Report on sanitation, dispensaries, and jails in Rajputana for 1920, and on vaccination for the year 1920-1921 - 1920-1921
Year: 1920
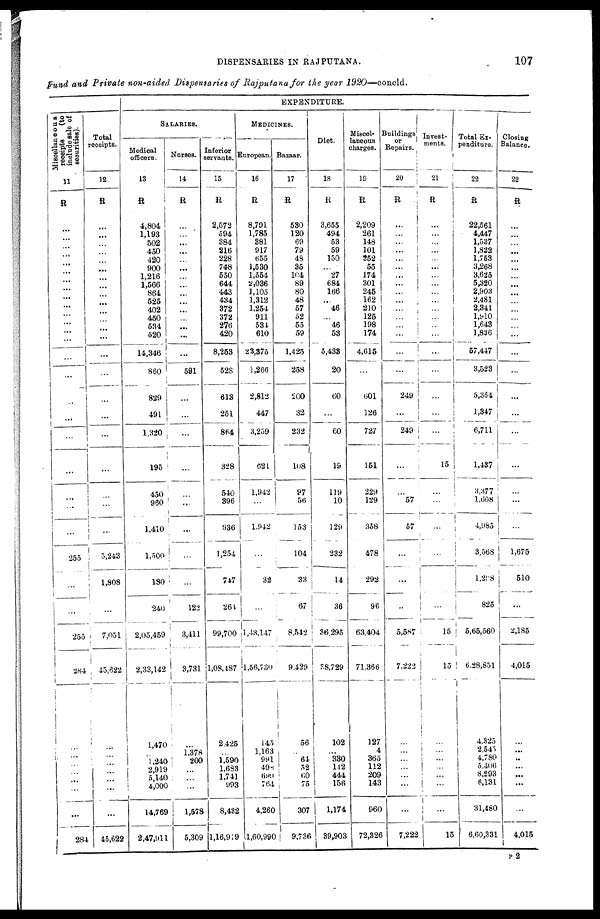
DISPENSARIES IN RAJPUTANA.
107
Fund and Private non-aided Dispensaries of Rajputana for the year 1920—concld.
Miscellaneous
receipts
(to
include sale of
securities).
11
R
...
...
...
...
...
...
...
...
...
...
...
...
...
...
...
...
...
...
...
...
...
...
...
255
...
...
255
284
...
...
...
...
...
...
...
284
Total
receipts.
12
R
...
...
...
...
...
...
...
...
...
...
...
...
...
...
...
...
...
...
...
...
...
...
...
5,243
1,808
...
7,051
45,622
...
...
...
...
...
...
...
45,622
EXPENDITURE.
SALARIES.
Medical
officers.
13
R
4,804
1,193
502
450
420
900
1,216
1,566
864
525
402
450
534
520
14,346
860
829
491
1,320
195
450
960
1,410
1,500
180
240
2,05,459
2,33,142
1,470
...
1 ,240
2,919
5,140
4,000
14,769
2,47,911
Nurses.
14
R
...
...
...
...
...
...
...
...
...
...
...
...
...
...
...
591
...
...
...
...
...
...
...
...
...
122
3,411
3,731
...
1,378
200
...
...
...
1,578
5,309
Inferior
servants.
15
R
2,572
594
384
216
228
748
550
644
443
434
372
372
276
420
8,253
528
613
251
864
328
540
396
936
1,254
747
264
99,700
1,08,487
2,425
...
1,590
1,683
1,741
993
8,432
1,16,919
MEDICINES.
European.
16
R
8,791
1,785
381
917
655
1,530
1,554
2,036
1,105
1,312
1,254
911
534
610
23,375
1,266
2,812
447
3,259
621
1,942
...
1,942
...
32
...
1,43,147
1,56,730
145
1,163
991
498
699
764
4,260
1,60,990
Bazaar.
17
R
530
120
69
79
48
35
104
89
80
48
57
52
55
59
1,425
258
200
32
232
108
97
56
153
104
33
67
8,542
9,429
56
...
64
52
60
75
307
9,736
Diet.
18
R
3,655
494
53
59
150
...
27
684
166
...
46
...
46
53
5,433
20
60
...
60
19
119
10
129
232
14
36
36,295
38,729
102
...
330
142
444
156
1,174
39,903
Miscel-
laneous
charges.
19
R
2,209
261
148
101
252
55
174
301
245
162
210
125
198
174
4,615
...
601
126
727
151
229
129
358
478
292
96
63,404
71,366
127
4
365
112
209
143
960
72,326
Buildings
or
Repairs.
20
R
...
...
...
...
...
...
...
...
...
...
...
...
...
...
...
...
249
...
249
...
...
57
57
...
...
...
5,587
7,222
...
...
...
...
...
...
...
7,222
Invest-
ments.
21
R
...
...
...
...
...
...
...
...
...
...
...
...
...
...
...
...
...
...
...
15
...
...
...
...
...
...
15
15
...
...
...
...
...
...
...
15
Total Ex-
penditure.
22
R
22,561
4,447
1,537
1,822
1,753
3,268
3,625
5,320
2,903
2,481
2,341
1,910
1,643
1,836
57,447
3,523
5,364
1,347
6,711
1,437
3,377
1,608
4,985
3,568
1,298
825
5,65,560
6,28,851
4,325
2,545
4,780
5,406
8,293
6,131
31,480
6,60,331
Closing
Balance.
23
R
...
...
...
...
...
...
...
...
...
...
...
...
...
...
...
...
...
...
...
...
...
...
...
1,675
510
...
2,185
4,015
...
...
...
...
...
...
...
4,015
P 2